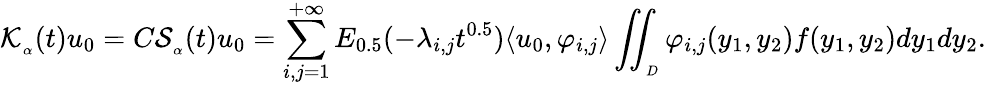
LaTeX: \mathcal{K}_{_\alpha}(t)u_{0}=C\mathcal{S}_{_\alpha}(t)u_{0}=\displaystyle\sum_{i,j=1}^{+\infty}E_{0.5}(-\lambda_{i,j}t^{0.5})\langle u_{0},\varphi_{i,j}\rangle\displaystyle\iint_{_D}\varphi_{i,j}(y_{1},y_{2})f(y_{1},y_{2})dy_{1}dy_{2}.